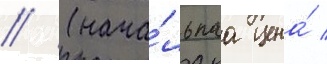
// (нача́льнаа цена́